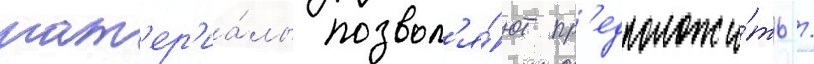
мат'ер'иа́лы позвол'я́ют пр'едположи́ть /